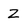
Character: Z